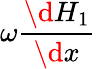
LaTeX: \omega\frac{\d H_{1}}{\d x}